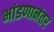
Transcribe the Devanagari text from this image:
भांडणानंतर